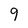
Character: 9